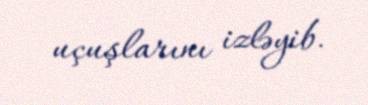
uçuşlarını izləyib.